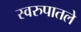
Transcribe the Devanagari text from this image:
स्वरुपातले